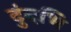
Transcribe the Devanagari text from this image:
दुंदभि